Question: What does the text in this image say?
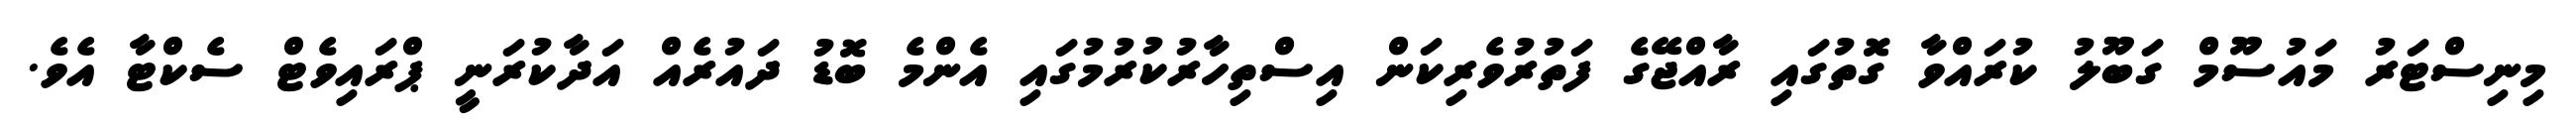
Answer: މިނިސްޓަރު މައުސޫމް ގަބޫލު ކުރައްވާ ގޮތުގައި ރާއްޖޭގެ ފަތުރުވެރިކަން އިސްތިހާރުކުރުމުގައި އެންމެ ބޮޑު ދައުރެއް އަދާކުރަނީ ޕްރައިވެޓް ސެކްޓާ އެވެ.